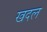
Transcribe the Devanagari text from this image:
खदल